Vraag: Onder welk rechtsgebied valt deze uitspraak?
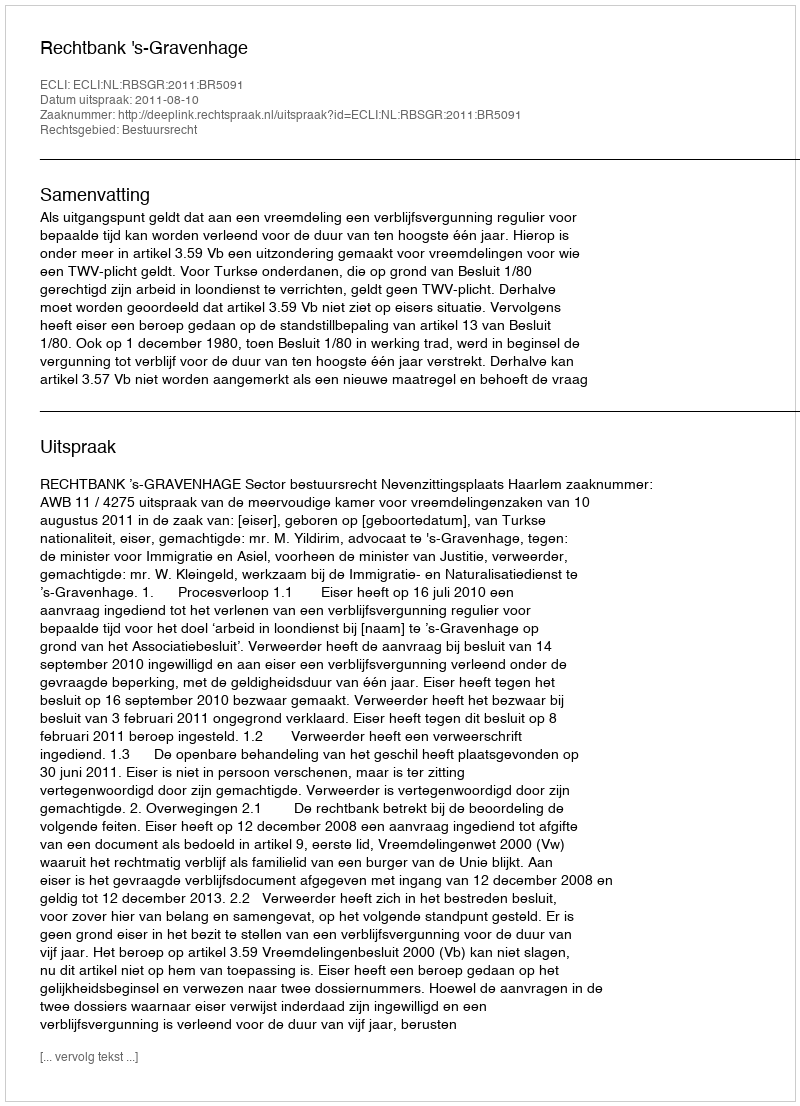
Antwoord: Bestuursrecht